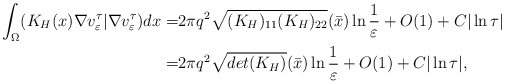
\begin{align*}\int_{\Omega}(K_H(x)\nabla v^\tau_\varepsilon| \nabla v^\tau_\varepsilon) dx=&2\pi q^2\sqrt{(K_{H})_{11}(K_{H})_{22}}(\bar{x})\ln\frac{1}{\varepsilon}+O(1)+C|\ln\tau|\\=&2\pi q^2\sqrt{det(K_{H})}(\bar{x})\ln\frac{1}{\varepsilon}+O(1)+C|\ln\tau|,\end{align*}